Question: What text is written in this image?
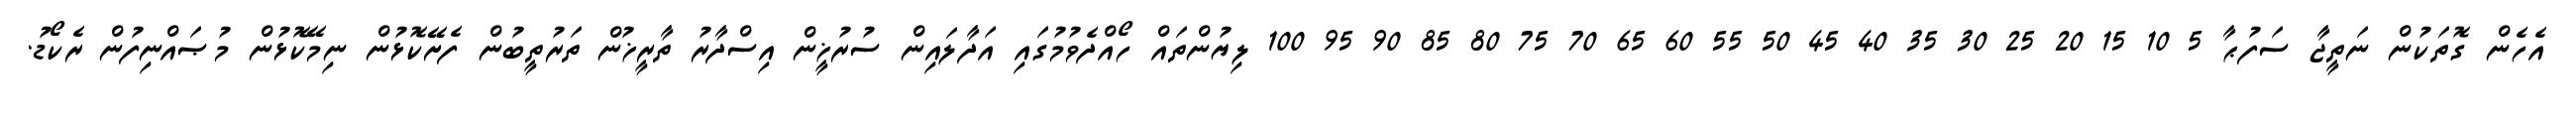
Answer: އެހެން ގޮތަކުން ނަތީޖާ ސަފުޙާ 5 10 15 20 25 30 35 40 45 50 55 60 65 70 75 80 85 90 95 100 ލިޔުންތައް ހޯއްދެވުމުގައި އަދާލައިން ސުރުޚީން އިސްދާރު ތާރީޚުން ތަރުތީބުން ފެށޭކޮޅުން ނިމޭކޮޅުން މުޞައްނިފުން ރެކޯޑު.